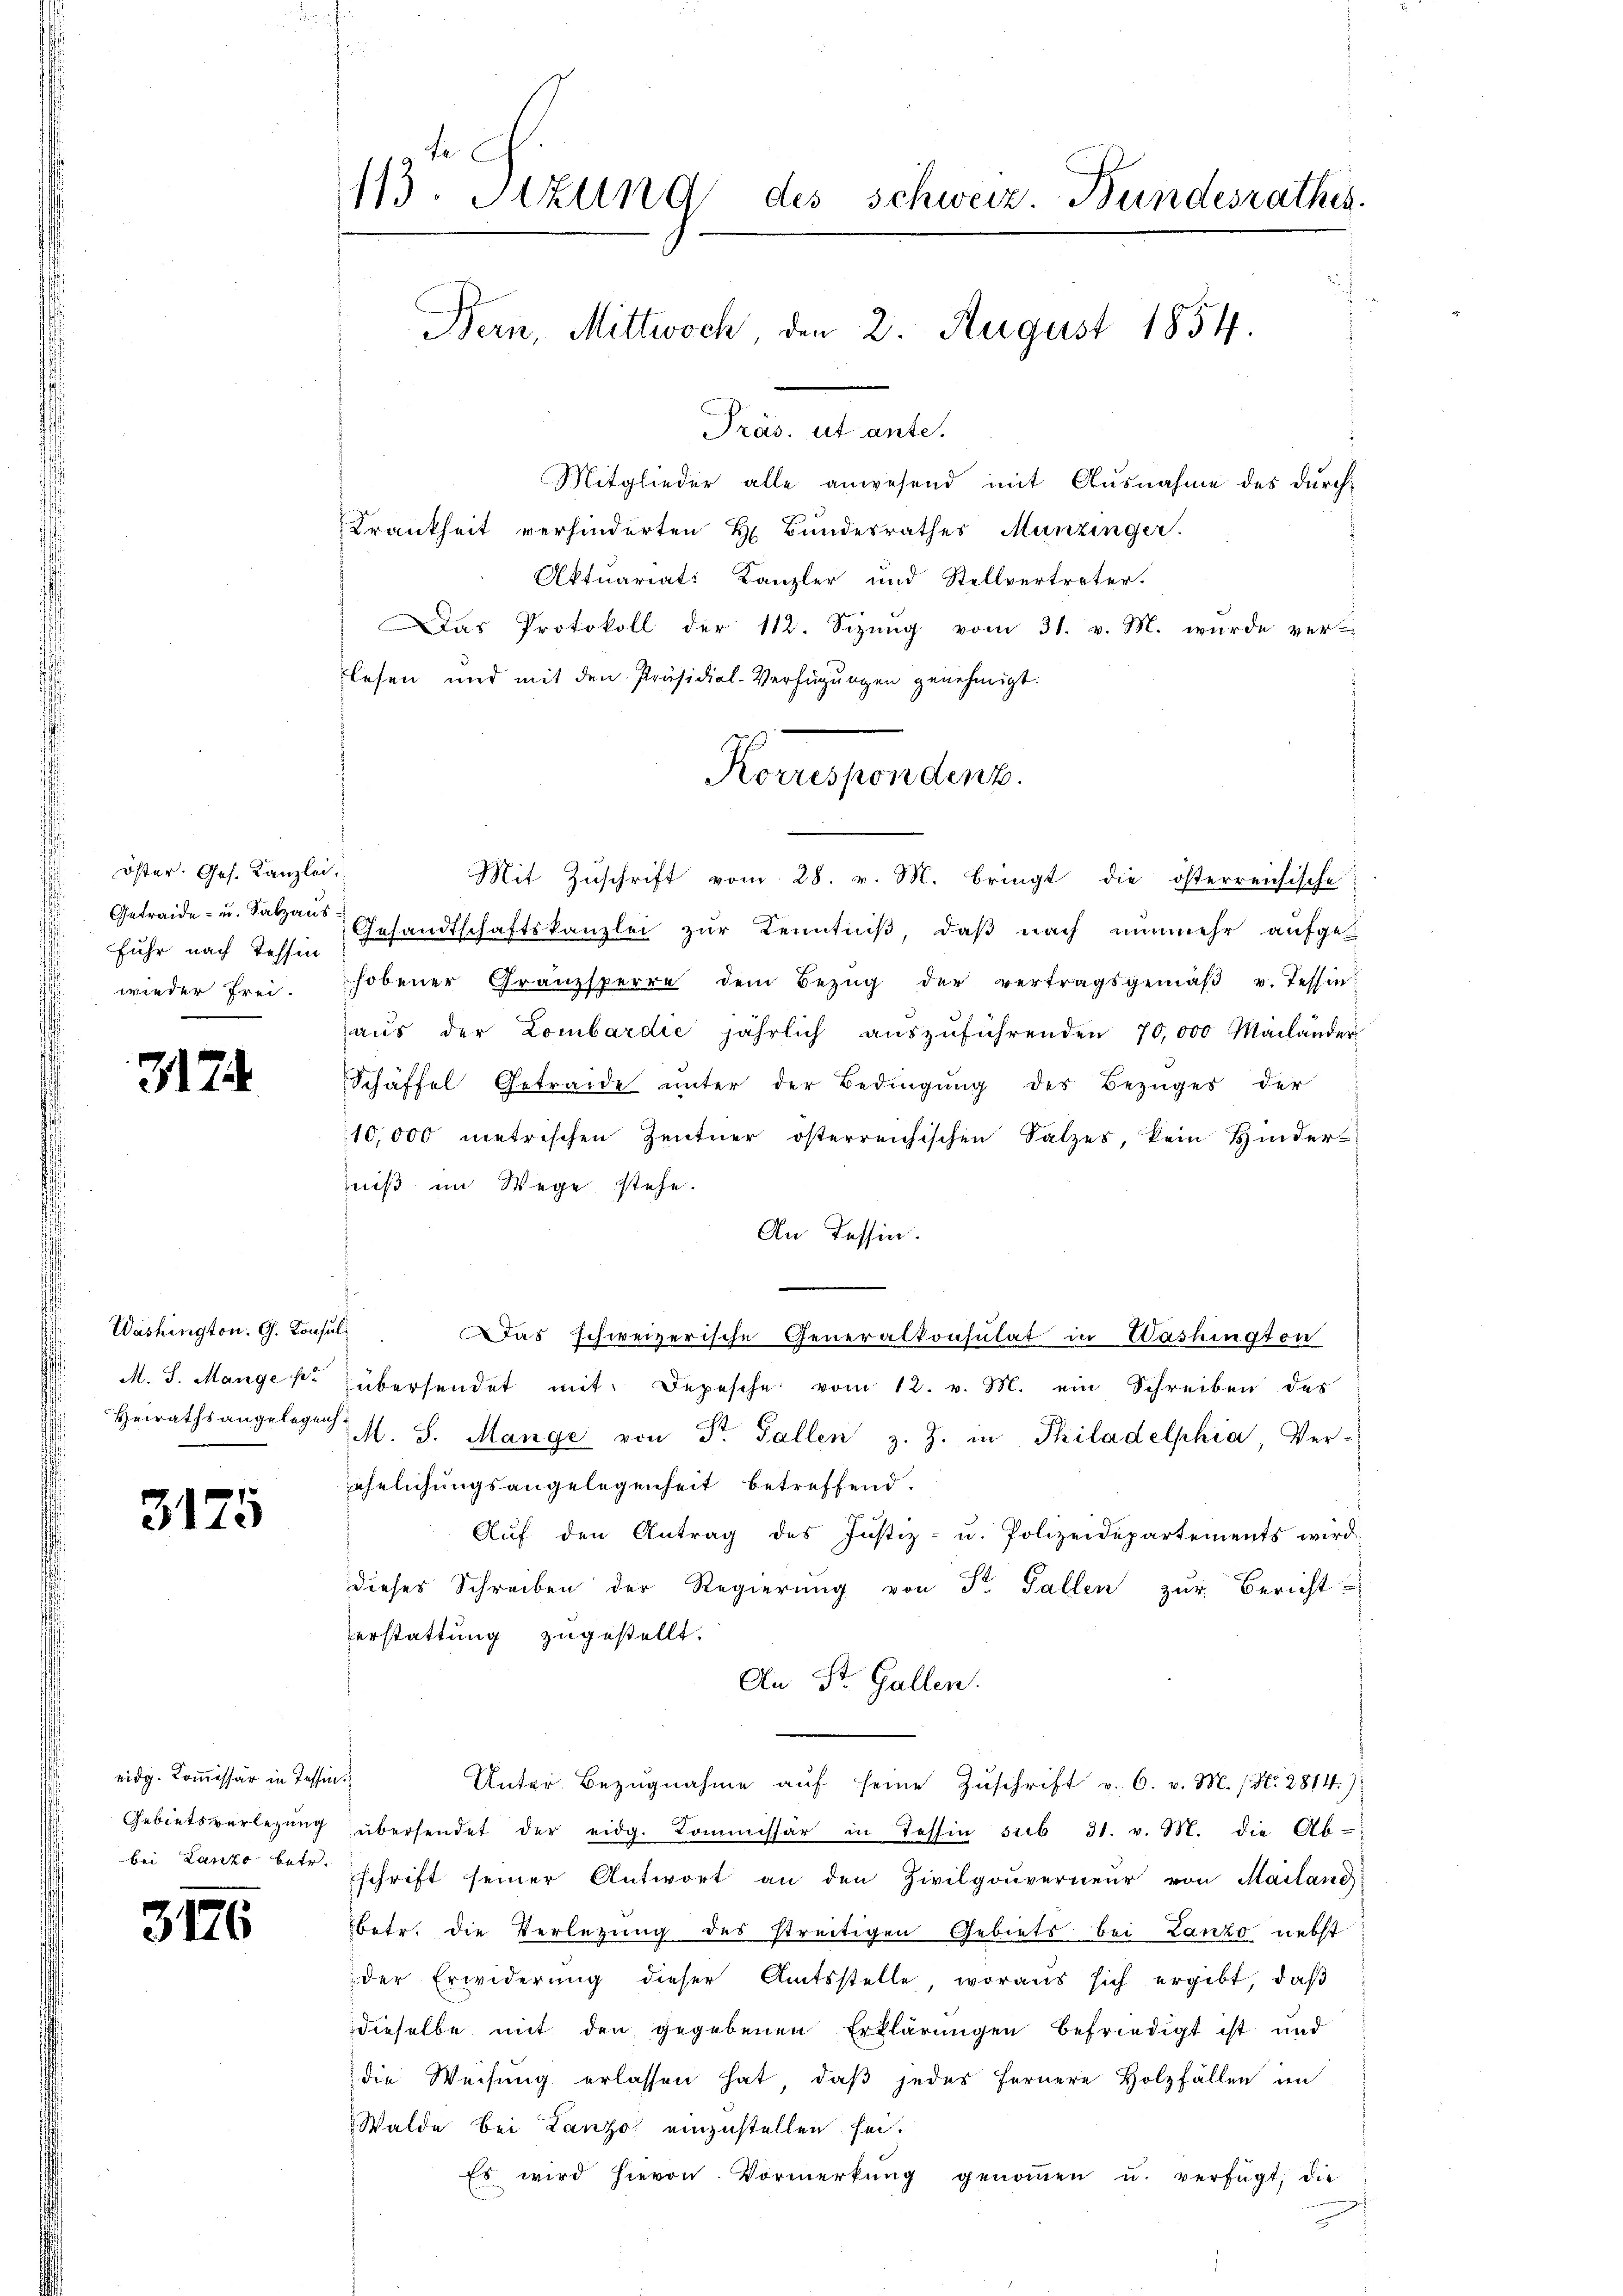
Öster. Ges. Kanzlei
Getraide- u. Salzaus.
fuhr nach Tessen
wieder frei.

312.

.

Washington. G. Consul
M. S. Mange pr

3175

eidg. Kommissär in Tessin.
Gebietsverlegung
bei Lanze betr.

3176

113. Stund des Schweiz. Bundesrathes
Bern, Mittwoch, den 2. August 1854.
Präs. ut ante.

Mitglieder alle anwesend mit Ausnahme des durch¬
Krankheit verhinderten H. Bundesrathes Munzinger.
Aktuariat: Kanzler und Stellvertreter.
Das Protokoll der 112. Sizung vom 31. v. M. wurde ver-
lesen und mit den Präsidial-Verfügungen genehmigt.
Mit Zŭschrift vom 28. v. M. bringt die österreichische
Gesandtschaftskanzlei zur Kenntniß, daß nach nunmehr aufgehobener Granzsperre dem Bezŭg der vertragsgemäβ u. Tessin:
aŭs der Lombardić jährlich aŭszŭführenden 70,000 Mailänder
Schäffel Getraide unter der Bedingŭng des Bezuges der
10,000 metrischen Zentner österreichischen Salzes, kein Hinder-
iß im Wege stehe.
An Tessin.
Das schweizerische Generalkonsulat in Washington
übersendet mit. Depesche vom 12. v. M. ein Schreiben des
Heirathsangelegen M. S. Mange von St. Gallen z. Z. in Philadelphia, Ver-
ehelichungsangelegenheit betreffend.
Aŭf den Antrag des Justiz- u. Polizeidepartements wird
dieses Schreiben der Regierŭng von St. Gallen zŭr Bericht
erstattung zugestellt.
An St. Gallen.
Unter-Bezŭgnahme aŭf seine Zŭschrift v. 6. v. M. (N. 2814.)
übersendet der eidg. Kommissär in Tessin sub 31. v. M. die Ab-
schrift seiner Antwort an den Zivilgouverneur von Mailand
betr. die Verlegung des streitigen Gebiets bei Lanzo nebst
der Erwiderŭng dieser Amtsstelle, woraus sich ergibt, daβ
dieselbe mit den gegebenen Erklärungen befriedigt ist und
die Weisung erlassen hat, daß jedes fernere Holzfällen im
Walde bei Lanzo einzustellen sei.
Es wird hievon Vormerkŭng genoṁen u. verfügt, die

Korrespondenz.